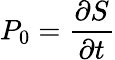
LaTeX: P_{0}=\frac{\partial S}{\partial t}